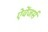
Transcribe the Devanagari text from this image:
ऐवेंजर्स